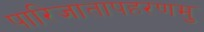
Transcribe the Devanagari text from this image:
पारिजातापहरणमु